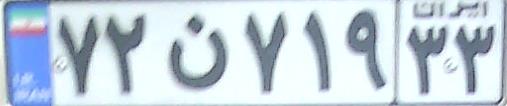
۷۲ن۷۱۹۳۳